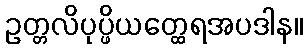
ဥတ္တလိပုပ္ဖိယတ္ထေရအပဒါန။